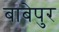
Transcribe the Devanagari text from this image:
बाबेपुर